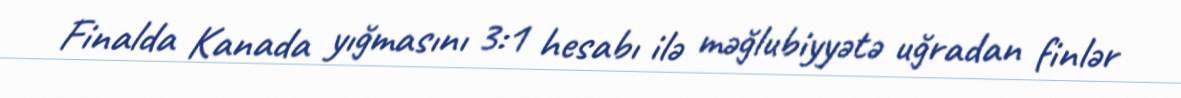
Finalda Kanada yığmasını 3:1 hesabı ilə məğlubiyyətə uğradan finlər